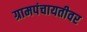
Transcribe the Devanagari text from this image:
ग्रामपंचायतीवर